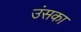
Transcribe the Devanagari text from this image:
उंसका